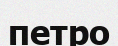
петро